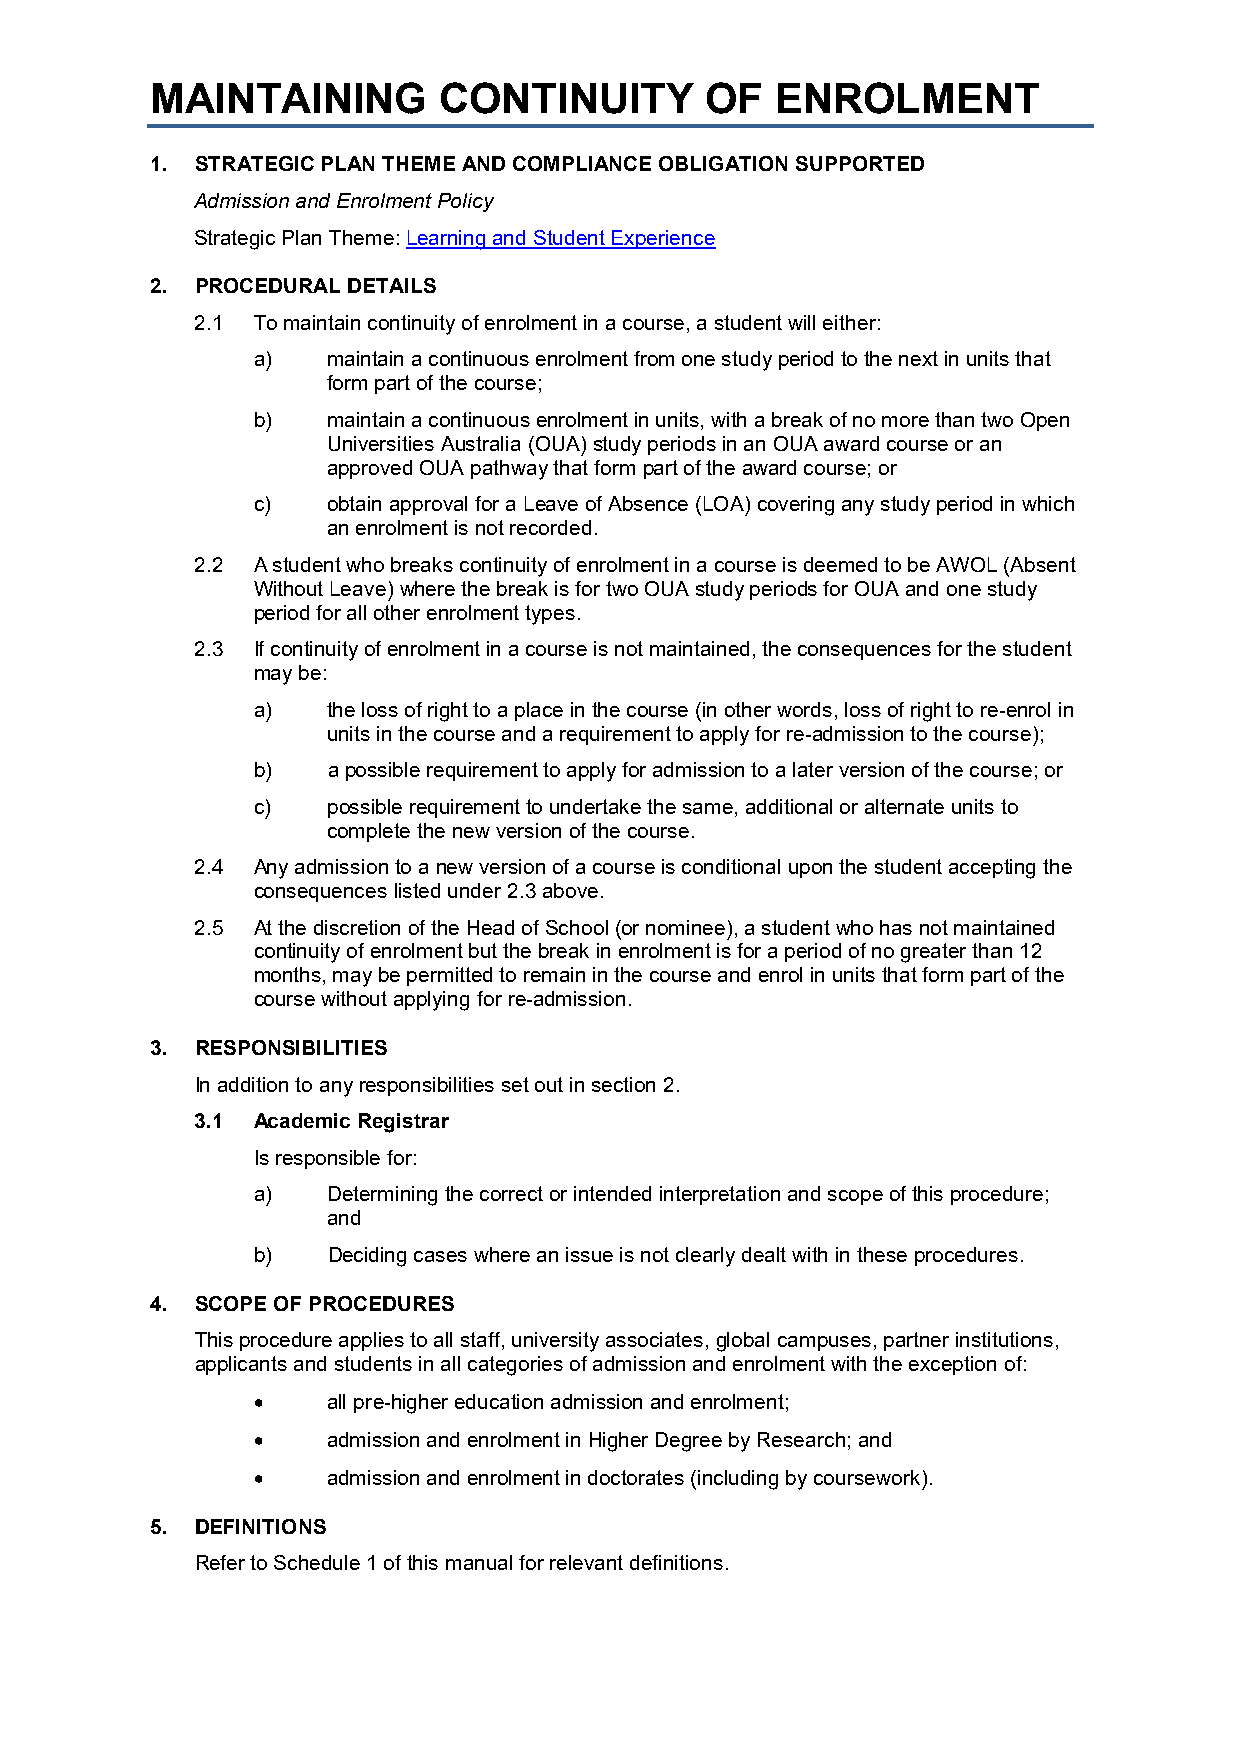
MAINTAINING        CONTINUITY        OF  ENROLMENT
 1. STRATEGIC PLAN THEME AND COMPLIANCE OBLIGATION SUPPORTED
 Admission and Enrolment Policy
 Strategic Plan Theme: Learning and Student Experience
 2. PROCEDURAL DETAILS
 2.1 To maintain continuity of enrolment in a course, a student will either:
 a)   maintain a continuous enrolment from one study period to the next in units that
 form part of the course;
 b)   maintain a continuous enrolment in units, with a break of no more than two Open
 Universities Australia (OUA) study periods in an OUA award course or an
 approved OUA pathway that form part of the award course; or
 c)   obtain approval for a Leave of Absence (LOA) covering any study period in which
 an enrolment is not recorded.
 2.2 A student who breaks continuity of enrolment in a course is deemed to be AWOL (Absent
 Without Leave) where the break is for two OUA study periods for OUA and one study
 period for all other enrolment types.
 2.3 If continuity of enrolment in a course is not maintained, the consequences for the student
 may be:
 a)   the loss of right to a place in the course (in other words, loss of right to re-enrol in
 units in the course and a requirement to apply for re-admission to the course);
 b)   a possible requirement to apply for admission to a later version of the course; or
 c)   possible requirement to undertake the same, additional or alternate units to
 complete the new version of the course.
 2.4 Any admission to a new version of a course is conditional upon the student accepting the
 consequences listed under 2.3 above.
 2.5 At the discretion of the Head of School (or nominee), a student who has not maintained
 continuity of enrolment but the break in enrolment is for a period of no greater than 12
 months, may be permitted to remain in the course and enrol in units that form part of the
 course without applying for re-admission.
 3. RESPONSIBILITIES
 In addition to any responsibilities set out in section 2.
 3.1 Academic Registrar
 Is responsible for:
 a)   Determining the correct or intended interpretation and scope of this procedure;
 and
 b)   Deciding cases where an issue is not clearly dealt with in these procedures.
 4. SCOPE OF PROCEDURES
 This procedure applies to all staff, university associates, global campuses, partner institutions,
 applicants and students in all categories of admission and enrolment with the exception of:
 •    all pre-higher education admission and enrolment;
 •    admission and enrolment in Higher Degree by Research; and
 •    admission and enrolment in doctorates (including by coursework).
 5. DEFINITIONS
 Refer to Schedule 1 of this manual for relevant definitions.